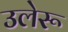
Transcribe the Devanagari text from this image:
उलेरू